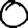
Digit: 0